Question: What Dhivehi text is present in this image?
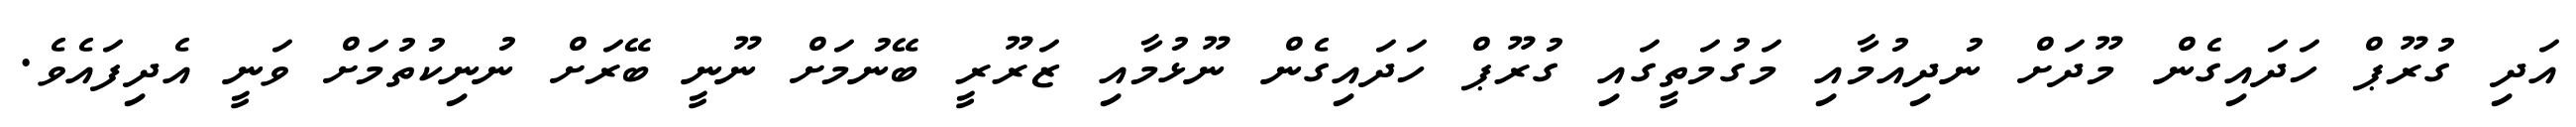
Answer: އަދި ގުރޫޕް ހަދައިގެން މޫދަށް ނުދިއުމާއި މަގުމަތީގައި ގުރޫޕް ހަދައިގެން ނޫޅުމާއި ޒަރޫރީ ބޭނުމަށް ނޫނީ ބޭރަށް ނުނިކުތުމަށް ވަނީ އެދިފައެވެ.